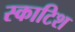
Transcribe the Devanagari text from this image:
स्‍काटिश